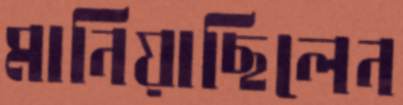
মানিয়াছিলেন